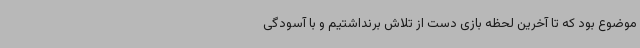
موضوع بود که تا آخرین لحظه بازی دست از تلاش برنداشتیم و با آسودگی